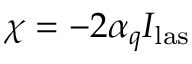
\chi = - 2 \alpha _ { q } I _ { \mathrm { l a s } }